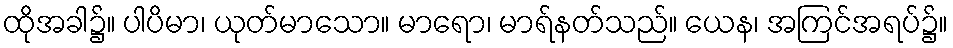
ထိုအခါ၌။ ပါပိမာ၊ ယုတ်မာသော။ မာရော၊ မာရ်နတ်သည်။ ယေန၊ အကြင်အရပ်၌။